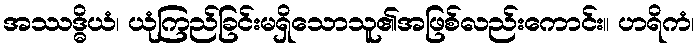
အဿဒ္ဓိယံ၊ ယုံကြည်ခြင်းမရှိသောသူ၏အဖြစ်လည်းကောင်း။ ဟရိကံ၊